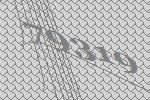
79319